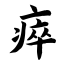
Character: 瘁